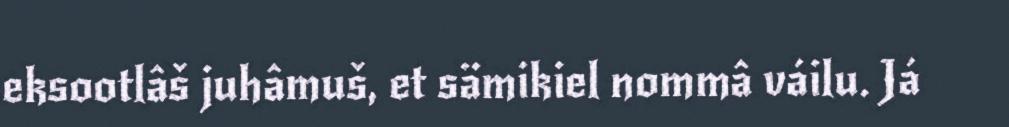
eksootlâš juhâmuš, et sämikiel nommâ váilu. Já